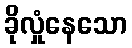
ခိုလှုံနေသော